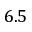
6 . 5